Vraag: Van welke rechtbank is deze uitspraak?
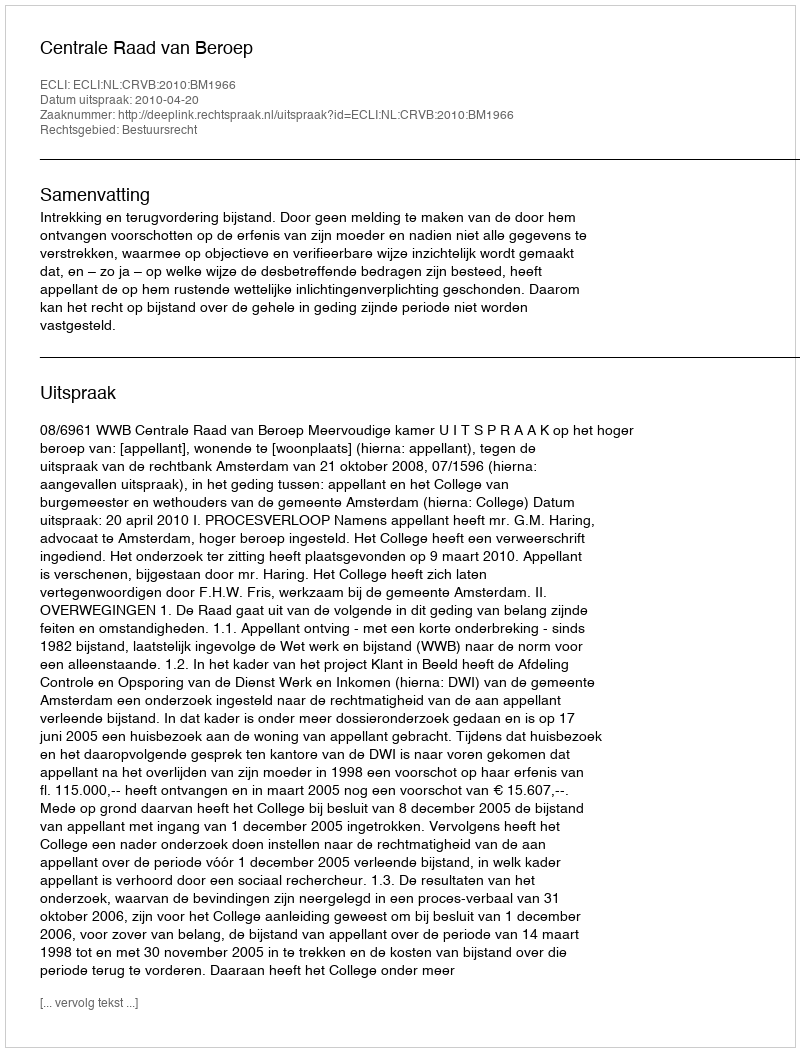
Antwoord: Centrale Raad van Beroep